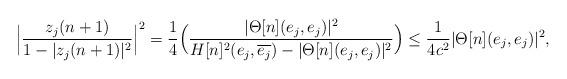
LaTeX: \begin{align*}\Big|\frac{z_j(n+1)}{1-|z_j(n+1)|^2}\Big|^2 = \frac{1}{4}\Big(\frac{|\Theta[n](e_j,e_j)|^2}{H[n]^2(e_j,\overline{e_j}) - |\Theta[n](e_j,e_j)|^2}\Big) \le \frac{1}{4c^2} |\Theta[n](e_j,e_j)|^2,\end{align*}